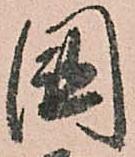
國